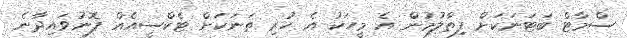
ސްމާޓް ބަޓަނަކަށް ފިތާލުމުން އެ މީހަކު އެ ހުރި ތަނަކަށް ޓެކްސީއެއް ފޮނުވައިދާނެ